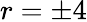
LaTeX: r=\pm 4